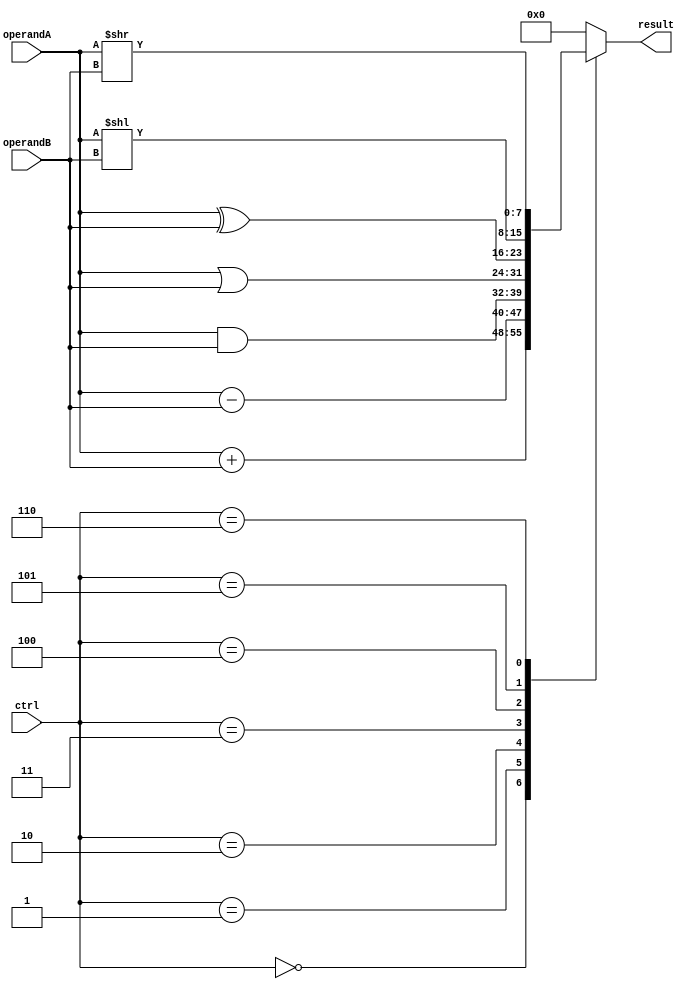
module ALU (
  input [7:0] operandA, operandB,
  input [2:0] ctrl,
  output reg [7:0] result
);

always @(*) begin
  case (ctrl)
    3'b000: result = operandA + operandB; // Addition
    3'b001: result = operandA - operandB; // Subtraction
    3'b010: result = operandA & operandB; // Bitwise AND
    3'b011: result = operandA | operandB; // Bitwise OR
    3'b100: result = operandA ^ operandB; // Bitwise XOR
    3'b101: result = operandA << operandB; // Shift left
    3'b110: result = operandA >> operandB; // Shift right
    default: result = 8'b0;
  endcase
end

endmodule